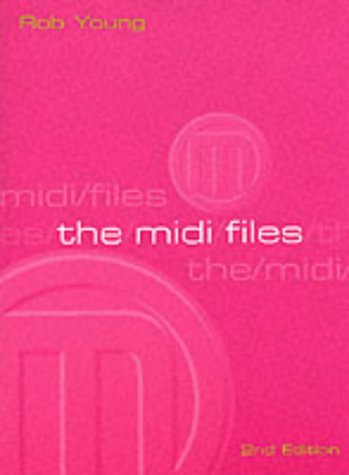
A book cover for The Midi Files; Rob Young; Computers & Technology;